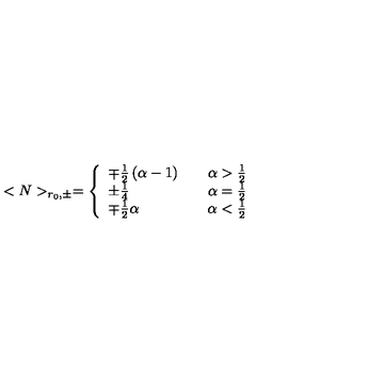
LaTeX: < N > _ { r _ { 0 } , \pm } = \left\{ \begin{array} { l l } { \mp \frac { 1 } { 2 } \left( \alpha - 1 \right) } & { \quad \alpha > \frac { 1 } { 2 } } \\ { \pm \frac { 1 } { 4 } } & { \quad \alpha = \frac { 1 } { 2 } } \\ { \mp \frac { 1 } { 2 } \alpha } & { \quad \alpha < \frac { 1 } { 2 } } \\ \end{array} \right.